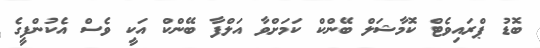
ބޮޑު ޕްރައިވެޓް ކޮމާޝަލް ބޭންކް ކަމަށްވާ އަލްފާ ބޭންކް އަކީ ވެސް އެކުންފީގެ